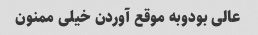
عالی بودوبه موقع آوردن خیلی ممنون